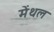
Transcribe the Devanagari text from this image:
मेंथल